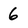
Character: 6